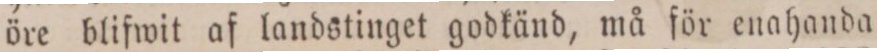
öre blifwit af landstinget godkänd, må för enahanda